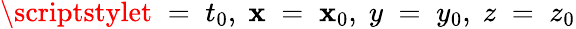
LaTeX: \scriptstylet\; =\; t_{0},\; \mathbf{x}\; =\; \mathbf{x}_{0},\; y\; =\; y_{0},\; z\; =\; z_{0}